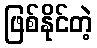
ဖြစ်နိုင်တဲ့